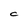
Character: C